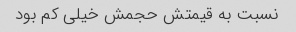
نسبت به قیمتش حجمش خیلی کم بود